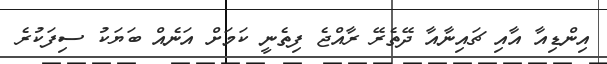
އިންޑިއާ އާއި ޗައިނާއާ ދޭތެރޭ ރާއްޖެ ފިތެނީ ކަމަށް އަނެއް ބަޔަކު ސިފަކުރެ